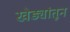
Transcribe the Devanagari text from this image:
खेड्यांतून